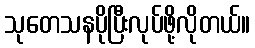
သုတေသနပိုပြီးလုပ်ဖို့လိုတယ်။